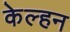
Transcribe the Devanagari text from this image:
केल्हन